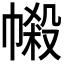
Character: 𢄌